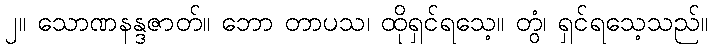
၂။ သောဏနန္ဒဇာတ်။ ဘော တာပသ၊ ထိုရှင်ရသေ့။ တွံ၊ ရှင်ရသေ့သည်။